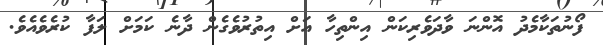
ފޯނުތަކާމެދު އޮންނަ ވާދަވެރިކަން އިންތިހާ އަށް އިތުރުވެގެން ދާނެ ކަމަށް ލަފާ ކުރެވެއެވެ.